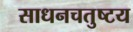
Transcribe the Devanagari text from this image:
साधनचतुष्टय